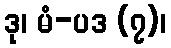
ဒု၊ မံ-ပဒ (၇)၊